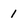
Character: 1